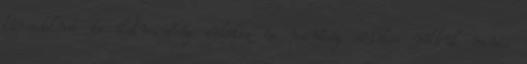
társadalmi és életminőség erkölcs és minőség erkölcs nélkül nincs